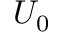
U _ { 0 }